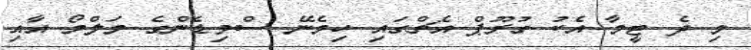
މި ދެ ޓީމާ އެކު ގުރޫޕް އެޗްގައި ހިމެނޭ ސްވިޑެންގެ މަލްމޯ އާއި